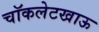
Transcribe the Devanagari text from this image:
चॉकलेटखाऊ